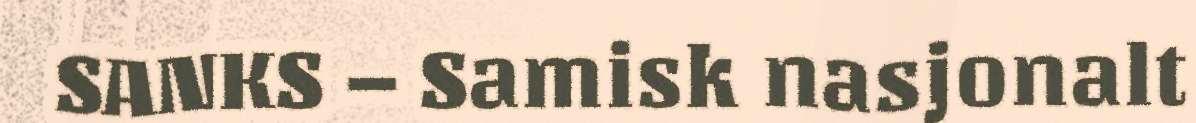
SANKS – Samisk nasjonalt